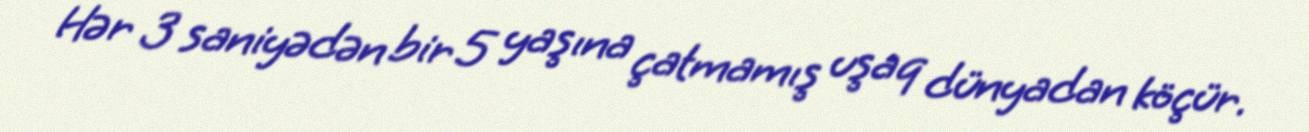
Hər 3 saniyədən bir 5 yaşına çatmamış uşaq dünyadan köçür.